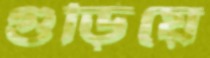
গুড়িয়ে